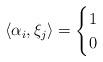
LaTeX: \begin{align*}\langle \alpha_i, \xi_j\rangle=\begin{cases} 1& \\ 0& \end{cases}\end{align*}